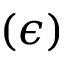
( \epsilon )